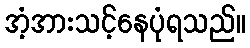
အံ့အားသင့်နေပုံရသည်။